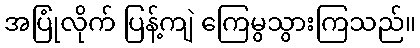
အပြုံလိုက် ပြန့်ကျဲ ကြေမွသွားကြသည်။